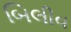
બિલીવ